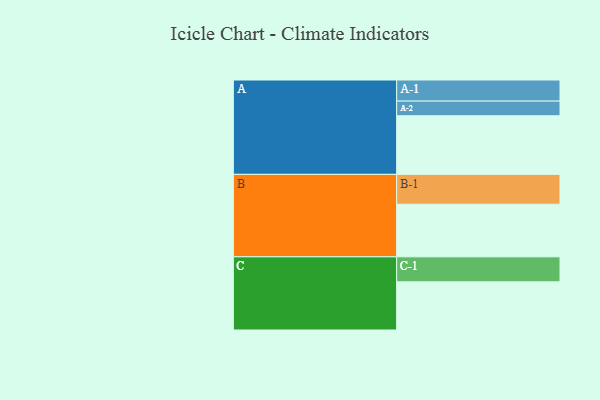
{"axis": {"x": "Segment", "y": "Value"}, "legend": ["", "A", "B", "C"], "data": [{"x": "A", "y": 506, "type": ""}, {"x": "B", "y": 454, "type": ""}, {"x": "C", "y": 416, "type": ""}, {"x": "A-1", "y": 182, "type": "A"}, {"x": "A-2", "y": 127, "type": "A"}, {"x": "B-1", "y": 258, "type": "B"}, {"x": "C-1", "y": 216, "type": "C"}]}